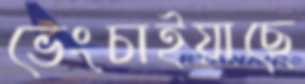
ভেংচাইয়াছে